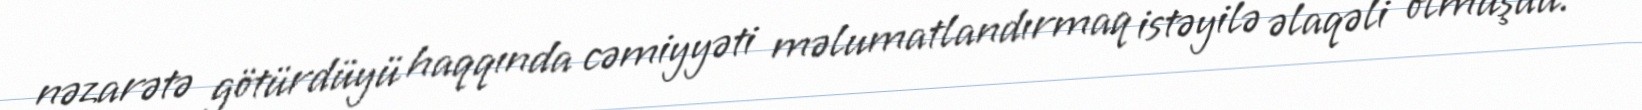
nəzarətə götürdüyü haqqında cəmiyyəti məlumatlandırmaq istəyilə əlaqəli olmuşdu.